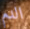
الدم